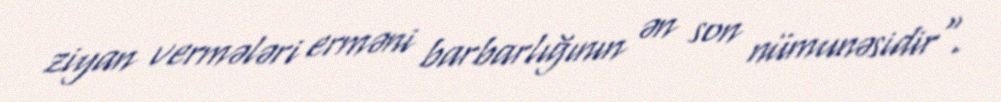
ziyan vermələri erməni barbarlığının ən son nümunəsidir".